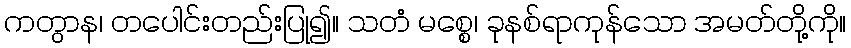
ကတွာန၊ တပေါင်းတည်းပြု၍။ သတံ မစ္စေ၊ ခုနစ်ရာကုန်သော အမတ်တို့ကို။